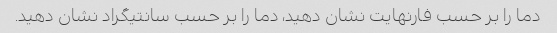
دما را بر حسب فارنهایت نشان دهید، دما را بر حسب سانتیگراد نشان دهید.